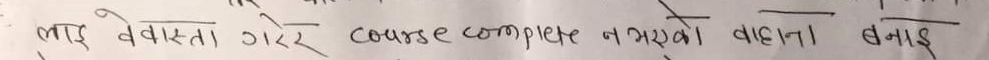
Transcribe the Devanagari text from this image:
लाई वेवास्ता गरेर course complete नभएको बाहाना बनाइ